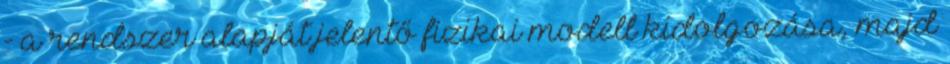
- a rendszer alapját jelentő fizikai modell kidolgozása, majd